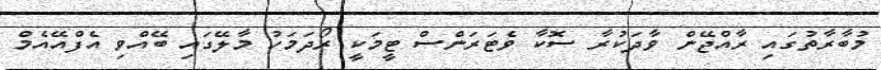
މުބާރާތުގައި ރާއްޖޭން ވާދަކުރާ ސޮކާ ވެޓަރަންސް ޓީމަކީ ރޯދަމަހު މާލޭގައި ބޭއްވި އެފްއޭއެމް